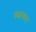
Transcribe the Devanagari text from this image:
स्थायल